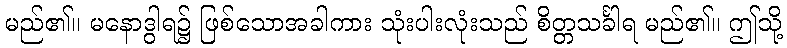
မည်၏။ မနောဒွါရ၌ ဖြစ်သောအခါကား သုံးပါးလုံးသည် စိတ္တသင်္ခါရ မည်၏။ ဤသို့